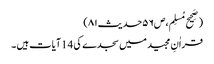
(صَحِیح مُسلِم،ص۵۶حدیث۸۱)
قراٰنِ مجید میں سجدے کی 14آیات ہیں ۔